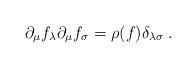
LaTeX: \begin{align*}\partial _{\mu }f_{\lambda }\partial _{\mu }f_{\sigma }=\rho (f)\delta _{\lambda \sigma }\; .\end{align*}